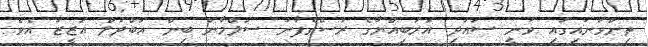
ތިންވަަނައިގައި ވަނީ ސައުދި އަރަބިއްޔާގެ ރަސްގެފާނު ސަލްމާން ބިން އަބްދުލް އަޒީޒު އެވެ.